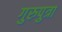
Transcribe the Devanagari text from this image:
गुरुपुत्रा